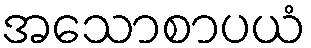
အသောစာပယံ